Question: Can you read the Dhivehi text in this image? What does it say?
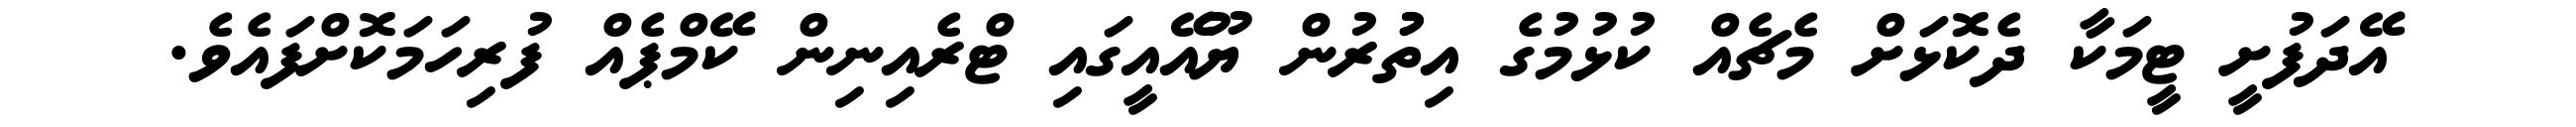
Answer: އޭދަފުށީ ޓީމަކާ ދެކޮޅަށް މެޗެއް ކުޅުމުގެ އިތުުރުން ޔޫއޭއީގައި ޓްރެއިނިން ކޭމްޕެއް ފުރިހަމަކޮށްފައެވެ.